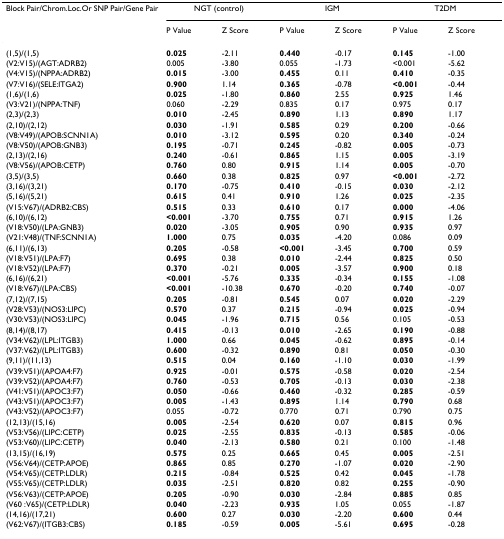
<table><thead><tr><td><b>Block Pair/Chrom.Loc.Or SNP Pair/Gene Pair</b></td><td colspan="2"><b>NGT (control)</b></td><td colspan="2"><b>IGM</b></td><td colspan="2"><b>T2DM</b></td></tr><tr><td></td><td><b>P Value</b></td><td><b>Z Score</b></td><td><b>P Value</b></td><td><b>Z Score</b></td><td><b>P Value</b></td><td><b>Z Score</b></td></tr></thead><tbody><tr><td>(1,5)/(1,5)</td><td><b>0.025</b></td><td>-2.11</td><td><b>0.440</b></td><td>-0.17</td><td><b>0.145</b></td><td>-1.00</td></tr><tr><td>(V2:V15)/(AGT:ADRB2)</td><td>0.005</td><td>-3.80</td><td>0.055</td><td>-1.73</td><td>&lt;0.001</td><td>-5.62</td></tr><tr><td>(V4:V15)/(NPPA:ADRB2)</td><td><b>0.015</b></td><td>-3.00</td><td><b>0.455</b></td><td>0.11</td><td><b>0.410</b></td><td>-0.35</td></tr><tr><td>(V7:V16)/(SELE:ITGA2)</td><td><b>0.900</b></td><td>1.14</td><td><b>0.365</b></td><td>-0.78</td><td><b>&lt;0.001</b></td><td>-0.44</td></tr><tr><td>(1,6)/(1,6)</td><td><b>0.025</b></td><td>-1.80</td><td><b>0.860</b></td><td>2.55</td><td><b>0.925</b></td><td>1.46</td></tr><tr><td>(V3:V21)/(NPPA:TNF)</td><td>0.060</td><td>-2.29</td><td>0.835</td><td>0.17</td><td>0.975</td><td>0.17</td></tr><tr><td>(2,3)/(2,3)</td><td><b>0.010</b></td><td>-2.45</td><td><b>0.890</b></td><td>1.13</td><td><b>0.890</b></td><td>1.17</td></tr><tr><td>(2,10)/(2,12)</td><td><b>0.030</b></td><td>-1.91</td><td><b>0.585</b></td><td>0.29</td><td><b>0.200</b></td><td>-0.66</td></tr><tr><td>(V8:V49)/(APOB:SCNN1A)</td><td><b>0.010</b></td><td>-3.12</td><td><b>0.595</b></td><td>0.20</td><td><b>0.340</b></td><td>-0.24</td></tr><tr><td>(V8:V50)/(APOB:GNB3)</td><td><b>0.195</b></td><td>-0.71</td><td><b>0.245</b></td><td>-0.82</td><td><b>0.005</b></td><td>-0.73</td></tr><tr><td>(2,13)/(2,16)</td><td><b>0.240</b></td><td>-0.61</td><td><b>0.865</b></td><td>1.15</td><td><b>0.005</b></td><td>-3.19</td></tr><tr><td>(V8:V56)/(APOB:CETP)</td><td><b>0.760</b></td><td>0.80</td><td><b>0.915</b></td><td>1.14</td><td><b>0.005</b></td><td>-0.70</td></tr><tr><td>(3,5)/(3,5)</td><td><b>0.660</b></td><td>0.38</td><td><b>0.825</b></td><td>0.97</td><td><b>&lt;0.001</b></td><td>-2.72</td></tr><tr><td>(3,16)/(3,21)</td><td><b>0.170</b></td><td>-0.75</td><td><b>0.410</b></td><td>-0.15</td><td><b>0.030</b></td><td>-2.12</td></tr><tr><td>(5,16)/(5,21)</td><td><b>0.615</b></td><td>0.41</td><td><b>0.910</b></td><td>1.26</td><td><b>0.025</b></td><td>-2.35</td></tr><tr><td>(V15:V67)/(ADRB2:CBS)</td><td><b>0.515</b></td><td>0.33</td><td><b>0.610</b></td><td>0.17</td><td><b>0.000</b></td><td>-4.06</td></tr><tr><td>(6,10)/(6,12)</td><td><b>&lt;0.001</b></td><td>-3.70</td><td><b>0.755</b></td><td>0.71</td><td><b>0.915</b></td><td>1.26</td></tr><tr><td>(V18:V50)/(LPA:GNB3)</td><td><b>0.020</b></td><td>-3.05</td><td><b>0.905</b></td><td>0.90</td><td><b>0.935</b></td><td>0.97</td></tr><tr><td>(V21:V48)/(TNF:SCNN1A)</td><td><b>1.000</b></td><td>0.75</td><td><b>0.035</b></td><td>-4.20</td><td>0.086</td><td>0.09</td></tr><tr><td>(6,11)/(6,13)</td><td><b>0.205</b></td><td>-0.58</td><td><b>&lt;0.001</b></td><td>-3.45</td><td><b>0.700</b></td><td>0.59</td></tr><tr><td>(V18:V51)/(LPA:F7)</td><td><b>0.695</b></td><td>0.38</td><td><b>0.010</b></td><td>-2.44</td><td><b>0.825</b></td><td>0.50</td></tr><tr><td>(V18:V52)/(LPA:F7)</td><td><b>0.370</b></td><td>-0.21</td><td><b>0.005</b></td><td>-3.57</td><td><b>0.900</b></td><td>0.18</td></tr><tr><td>(6,16)/(6,21)</td><td><b>&lt;0.001</b></td><td>-5.76</td><td><b>0.335</b></td><td>-0.34</td><td><b>0.155</b></td><td>-1.08</td></tr><tr><td>(V18:V67)/(LPA:CBS)</td><td><b>&lt;0.001</b></td><td>-10.38</td><td><b>0.670</b></td><td>-0.20</td><td><b>0.740</b></td><td>-0.07</td></tr><tr><td>(7,12)/(7,15)</td><td><b>0.205</b></td><td>-0.81</td><td><b>0.545</b></td><td>0.07</td><td><b>0.020</b></td><td>-2.29</td></tr><tr><td>(V28:V53)/(NOS3:LIPC)</td><td><b>0.570</b></td><td>0.37</td><td><b>0.215</b></td><td>-0.94</td><td><b>0.025</b></td><td>-0.94</td></tr><tr><td>(V30:V53)/(NOS3:LIPC)</td><td><b>0.045</b></td><td>-1.96</td><td><b>0.715</b></td><td>0.56</td><td>0.105</td><td>-0.53</td></tr><tr><td>(8,14)/(8,17)</td><td><b>0.415</b></td><td>-0.13</td><td><b>0.010</b></td><td>-2.65</td><td><b>0.190</b></td><td>-0.88</td></tr><tr><td>(V34:V62)/(LPL:ITGB3)</td><td><b>1.000</b></td><td>0.66</td><td><b>0.045</b></td><td>-0.62</td><td><b>0.895</b></td><td>-0.14</td></tr><tr><td>(V37:V62)/(LPL:ITGB3)</td><td><b>0.600</b></td><td>-0.32</td><td><b>0.890</b></td><td>0.81</td><td><b>0.050</b></td><td>-0.30</td></tr><tr><td>(9,11)/(11,13)</td><td><b>0.515</b></td><td>0.04</td><td><b>0.160</b></td><td>-1.10</td><td><b>0.030</b></td><td>-1.99</td></tr><tr><td>(V39:V51)/(APOA4:F7)</td><td><b>0.925</b></td><td>-0.01</td><td><b>0.575</b></td><td>-0.58</td><td><b>0.020</b></td><td>-2.54</td></tr><tr><td>(V39:V52)/(APOA4:F7)</td><td><b>0.760</b></td><td>-0.53</td><td><b>0.705</b></td><td>-0.13</td><td><b>0.030</b></td><td>-2.38</td></tr><tr><td>(V41:V51)/(APOC3:F7)</td><td><b>0.050</b></td><td>-0.66</td><td><b>0.460</b></td><td>-0.32</td><td><b>0.285</b></td><td>-0.59</td></tr><tr><td>(V43:V51)/(APOC3:F7)</td><td><b>0.005</b></td><td>-1.43</td><td><b>0.895</b></td><td>1.14</td><td><b>0.790</b></td><td>0.68</td></tr><tr><td>(V43:V52)/(APOC3:F7)</td><td>0.055</td><td>-0.72</td><td>0.770</td><td>0.71</td><td>0.790</td><td>0.75</td></tr><tr><td>(12,13)/(15,16)</td><td><b>0.005</b></td><td>-2.54</td><td><b>0.620</b></td><td>0.07</td><td><b>0.815</b></td><td>0.96</td></tr><tr><td>(V53:V56)/(LIPC:CETP)</td><td><b>0.025</b></td><td>-2.55</td><td><b>0.835</b></td><td>-0.13</td><td><b>0.585</b></td><td>-0.06</td></tr><tr><td>(V53:V60)/(LIPC:CETP)</td><td><b>0.040</b></td><td>-2.13</td><td><b>0.580</b></td><td>0.21</td><td>0.100</td><td>-1.48</td></tr><tr><td>(13,15)/(16,19)</td><td><b>0.575</b></td><td>0.25</td><td><b>0.665</b></td><td>0.45</td><td><b>0.005</b></td><td>-2.51</td></tr><tr><td>(V56:V64)/(CETP:APOE)</td><td><b>0.865</b></td><td>0.85</td><td><b>0.270</b></td><td>-1.07</td><td><b>0.020</b></td><td>-2.90</td></tr><tr><td>(V54:V65)/(CETP:LDLR)</td><td><b>0.215</b></td><td>-0.84</td><td><b>0.525</b></td><td>0.42</td><td><b>0.045</b></td><td>-1.78</td></tr><tr><td>(V55:V65)/(CETP:LDLR)</td><td><b>0.035</b></td><td>-2.51</td><td><b>0.820</b></td><td>0.82</td><td><b>0.255</b></td><td>-0.90</td></tr><tr><td>(V56:V63)/(CETP:APOE)</td><td><b>0.205</b></td><td>-0.90</td><td><b>0.030</b></td><td>-2.84</td><td><b>0.885</b></td><td>0.85</td></tr><tr><td>(V60 :V65)/(CETP:LDLR)</td><td><b>0.040</b></td><td>-2.23</td><td><b>0.935</b></td><td>1.05</td><td>0.055</td><td>-1.87</td></tr><tr><td>(14,16)/(17,21)</td><td><b>0.600</b></td><td>0.27</td><td><b>0.030</b></td><td>-2.20</td><td><b>0.600</b></td><td>0.44</td></tr><tr><td>(V62:V67)/(ITGB3:CBS)</td><td><b>0.185</b></td><td>-0.59</td><td><b>0.005</b></td><td>-5.61</td><td><b>0.695</b></td><td>-0.28</td></tr></tbody></table>